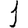
Digit: 1